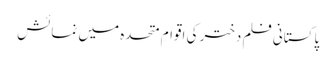
پاکستانی فلم دختر کی اقوامِ متحدہ میں نمائش